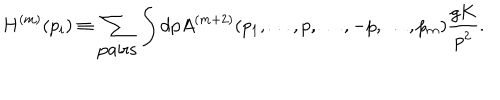
H ^ { ( m ) } ( p _ { i } ) \equiv \sum _ { \mathrm { p a i r s } } \int \mathrm { d } p A ^ { ( m + 2 ) } ( p _ { 1 } , \dots , p , \dots , - p , \dots , p _ { m } ) { \frac { g K } { p ^ { 2 } } } .